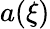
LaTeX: a(\xi)